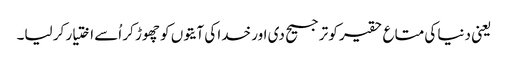
یعنی دنیا کی متاع حقیر کو ترجیح دی اور خدا کی آیتوں کو چھوڑ کر اُسے اختیار کر لیا۔